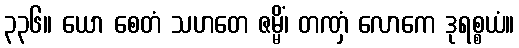
၃၃၆။ ယော စေတံ သဟတေ ဇမ္မိံ၊ တဏှံ လောကေ ဒုရစ္စယံ။